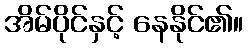
အိမ်ပိုင်နှင့် နေနိုင်၏။